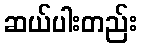
ဆယ်ပါးတည်း